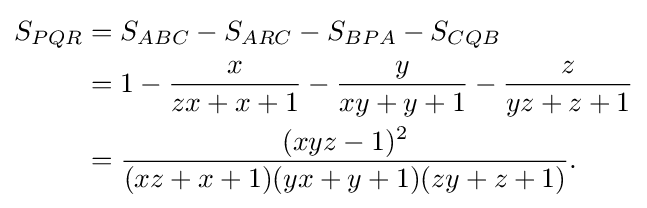
{\begin{aligned}S_{PQR}&=S_{ABC}-S_{ARC}-S_{BPA}-S_{CQB}\\&=1-{\frac {x}{zx+x+1}}-{\frac {y}{xy+y+1}}-{\frac {z}{yz+z+1}}\\&={\frac {(xyz-1)^{2}}{(xz+x+1)(yx+y+1)(zy+z+1)}}.\end{aligned}}